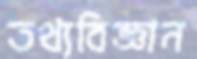
তথ্যবিজ্ঞান